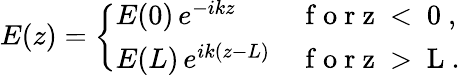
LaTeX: E(z)=\left\{ \begin{array}{ll}{E(0)\, e^{-ikz}}&{\mathrm{~f~o~r~z~<~0~},}\\ {E(L)\, e^{ik(z-L)}}&{\mathrm{~f~o~r~z~>~L~}.}\end{array}\right.